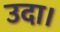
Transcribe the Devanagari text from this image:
उदा।